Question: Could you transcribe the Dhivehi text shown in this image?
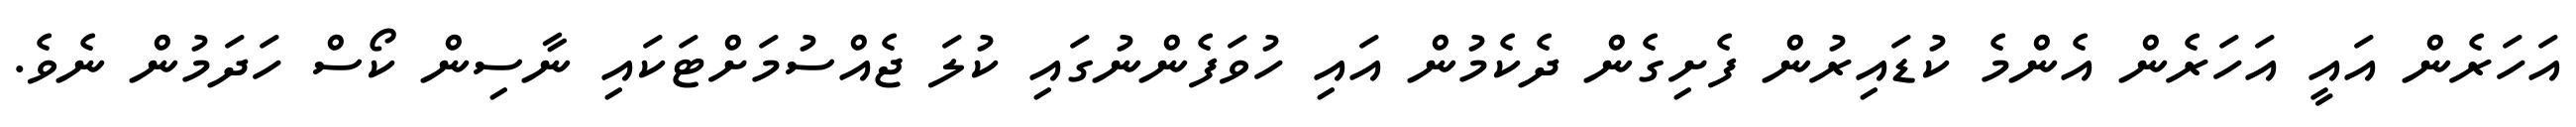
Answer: އަހަރެން އައީ އަހަރެން އެންމެ ކުޑައިރުން ފެށިގެން ދެކެމުން އައި ހުވަފެންނުގައި ކުލަ ޖެއްސުމަށްޓަކައި ނާސިން ކޯސް ހަދަމުން ނެވެ.